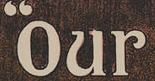
"Our